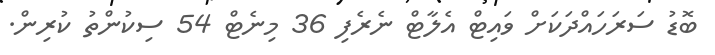
ބޮޑު ސަރަހައްދަކަށް ވައިޓް އެލާޓް ނެރެފި 36 މިނެޓް 54 ސިކުންތު ކުރިން.